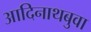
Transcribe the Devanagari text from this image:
आदिनाथबुवा